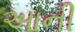
આની